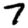
Digit: 7